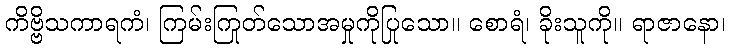
ကိဗ္ဗိသကာရကံ၊ ကြမ်းကြုတ်သောအမှုကိုပြုသော။ စောရံ၊ ခိုးသူကို။ ရာဇာနော၊